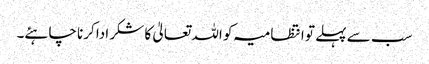
سب سے پہلے تو انتظامیہ کو اللہ تعالیٰ کا شکر ادا کرنا چاہئے۔